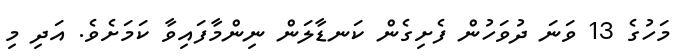
މަހުގެ 13 ވަނަ ދުވަހުން ފެށިގެން ކަނޑާލަން ނިންމާފައިވާ ކަމަށެވެ. އަދި މި